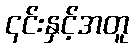
၎င်းနှင့်အတူ